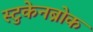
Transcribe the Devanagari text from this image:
स्टुकेनब्रोक